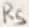
Text: R5